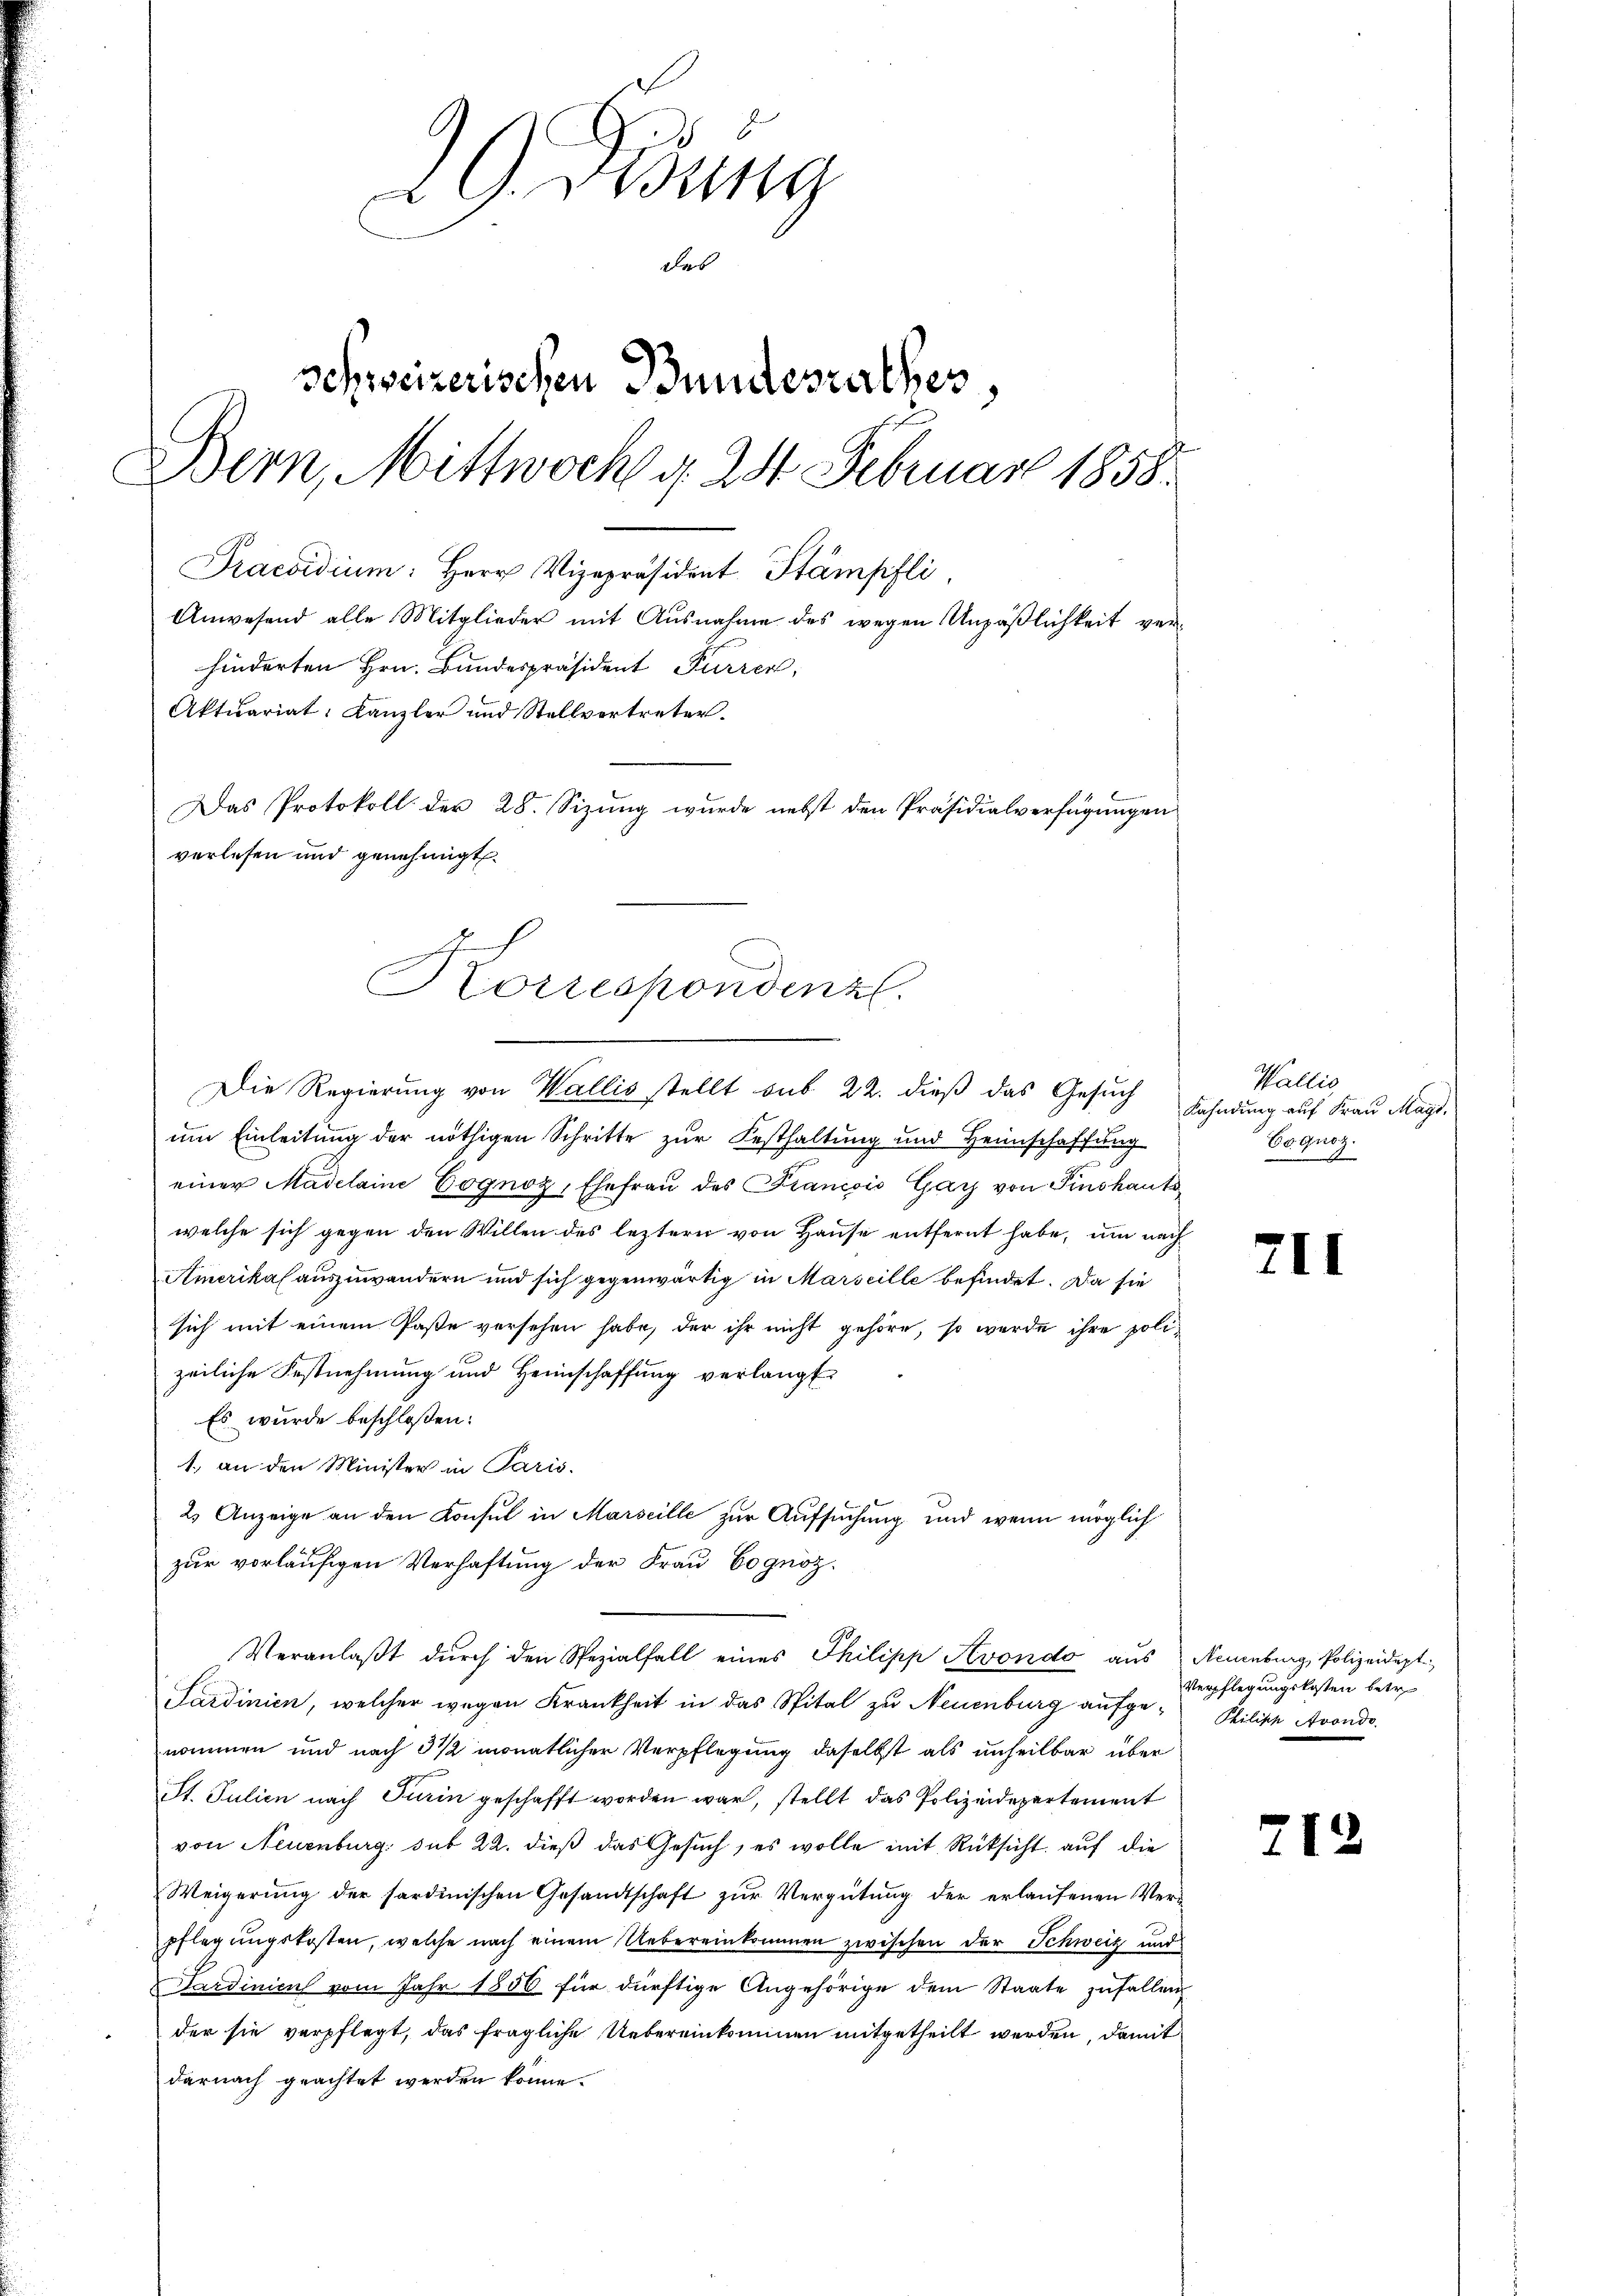
29 Didung
das
Schweizerischen Bundesrathes
Bern, Mittwoch d. 24. Februar 1858.
Praesidium: Herr Vizepräsident Stämpfli
Anwesend alle Mitglieder mit Ausnahme des wegen Unpäßlichkeit verhinderten Hrn. Bundespräsident Furrer,
Aktuariat Kanzler und Stellvertreter.
Das Protokoll der 28. Sizung wurde nebst den Präsidialverfügungen
verlesen und genehmigt.

um Einleitung der nöthigen Schritte zur Festhaltung und Heimschaffung
einer Madelaine Cognoz, Ehefrau des Francois Gay von Finskanto
welche sich gegen den Willen des leztern von Hause entfernt habe, um nach
Amerikas auszuwandern und sich gegenwärtig in Marseille befindet. Da sie
sich mit einem Paste versehen habe, der ihr nicht gehöre, so werde ihre polizeiliche Festnehmung und Heimschaffung verlangt
Es wurde beschloßen:
1. an den Minister in Paris.
2. Anzeige an den Konsul in Marseille zur Aufsuchung und wenn möglich
zur vorläufigen Verhaftung der Frau Cognoz¬
Veranlaßt durch den Spezialfall eines Philipp Avondo aus Neuenburg, Polizeidept
Sardinien, welcher wegen Krankheit in das Spital zu Neuenburg aufge- Philische Avondo
nommen und nach 3 1/2 monatlicher Verpflegung daselbst als unheilbar über
St. Julien nach Turin geschafft worden war, stellt das Polizeidepartement
von Neuenburg sub 22. dieß das Gesuch, es wolle mit Rücksicht auf die
Weigerung der sardinischen Gesandtschaft zur Vergütung der erlaufenen Verpflegungskosten, welche nach einem Uebereinkommen zwischen der Schweiz und
Sardinien vom Jahr 1856 für dürftige Angehörige dem Staate zufallen
der sie verpflegt, das fragliche Uebereinkommen mitgetheilt werden, damit
darnach geachtet werden könne.

Korrespondenz.
Die Regierung von Wallis stellt sub 22. dieß das Gesuch

Wallis
Kahndung auf Frau Mag.
Co quoz.
2

211

Verpflegungskosten betr

712